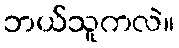
ဘယ်သူကလဲ။